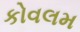
કોવલમ